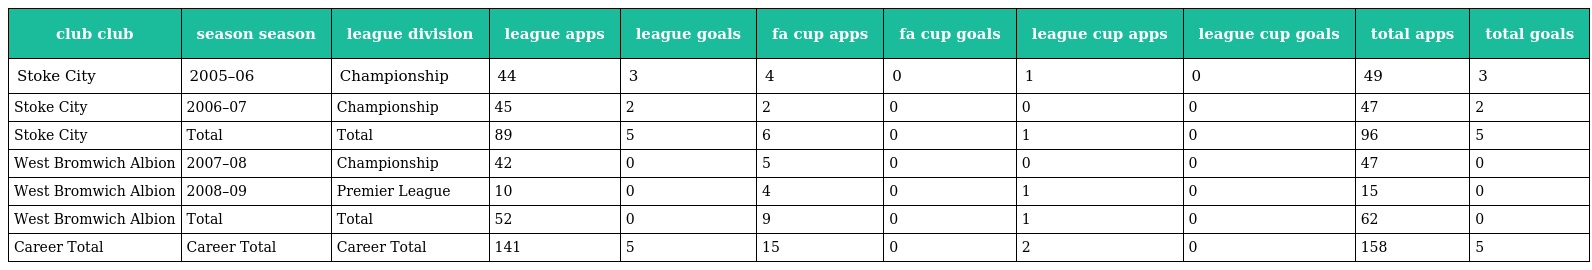
| club club | season season | league division | league apps | league goals | fa cup apps | fa cup goals | league cup apps | league cup goals | total apps | total goals |
 | --- | --- | --- | --- | --- | --- | --- | --- | --- | --- | --- |
 | Stoke City | 2005–06 | Championship | 44 | 3 | 4 | 0 | 1 | 0 | 49 | 3 |
 | Stoke City | 2006–07 | Championship | 45 | 2 | 2 | 0 | 0 | 0 | 47 | 2 |
 | Stoke City | Total | Total | 89 | 5 | 6 | 0 | 1 | 0 | 96 | 5 |
 | West Bromwich Albion | 2007–08 | Championship | 42 | 0 | 5 | 0 | 0 | 0 | 47 | 0 |
 | West Bromwich Albion | 2008–09 | Premier League | 10 | 0 | 4 | 0 | 1 | 0 | 15 | 0 |
 | West Bromwich Albion | Total | Total | 52 | 0 | 9 | 0 | 1 | 0 | 62 | 0 |
 | Career Total | Career Total | Career Total | 141 | 5 | 15 | 0 | 2 | 0 | 158 | 5 |